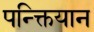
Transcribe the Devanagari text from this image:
पन्क्तियान